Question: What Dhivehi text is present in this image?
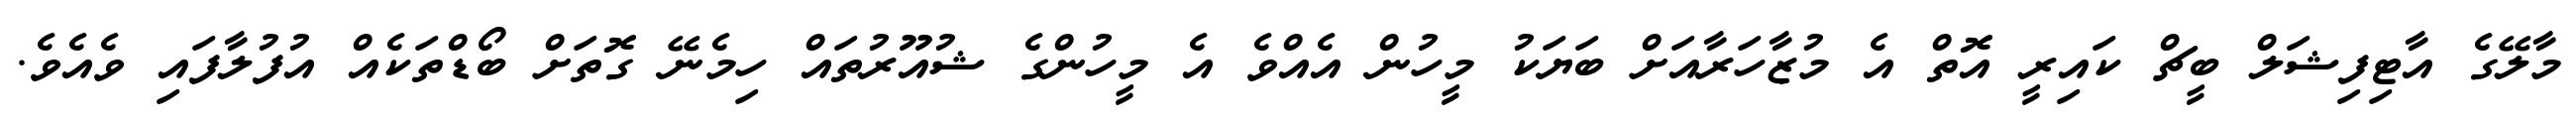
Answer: މާލޭގެ އާޓިފިޝަލް ބީޗް ކައިރީ އޮތް އެ މުޒާހަރާއަށް ބަޔަކު މީހުން އެއްވެ އެ މީހުންގެ ޝުއޫރުތައް ހިމެނޭ ގޮތަށް ބޯޑްތަކެއް އުފުލާފައި ވެއެވެ.